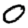
Digit: 0